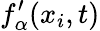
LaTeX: f_{\alpha}^{\prime}(x_{i},t)